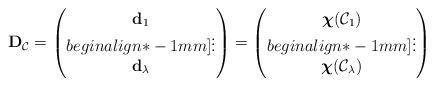
LaTeX: \begin{align*} \mathbf{D}_{\mathcal{C}} = \begin{pmatrix}\mathbf{d}_1\\begin{align*}-1mm]\vdots\\\mathbf{d}_\lambda\end{pmatrix} = \begin{pmatrix}\boldsymbol{\chi}(\mathcal{C}_1)\\begin{align*}-1mm]\vdots\\\boldsymbol{\chi}(\mathcal{C}_\lambda)\end{pmatrix}\,\end{align*}